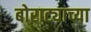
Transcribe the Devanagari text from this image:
बोराट्याच्या